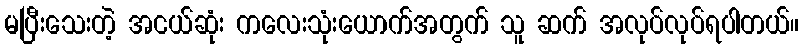
မပြီးသေးတဲ့ အငယ်ဆုံး ကလေးသုံးယောက်အတွက် သူ ဆက် အလုပ်လုပ်ရပါတယ်။